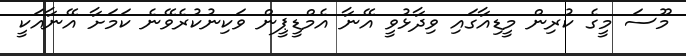
މޫސަ މީގެ ކުރިން މީޑިއާގައި ވިދާޅުވީ އޭނާ އެމްޑީޕީން ވަކިނުކުރެވޭނެ ކަމަށާ އޭނާއަކީ